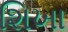
શિખા